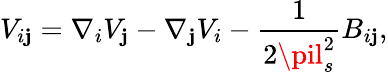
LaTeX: V_{i\mathbf{j}}=\nabla_{i}V_{\mathbf{j}}-\nabla_{\mathbf{j}}V_{i}-\frac{{1}}{{2\pil_{s}^{2}}}B_{i\mathbf{j}},